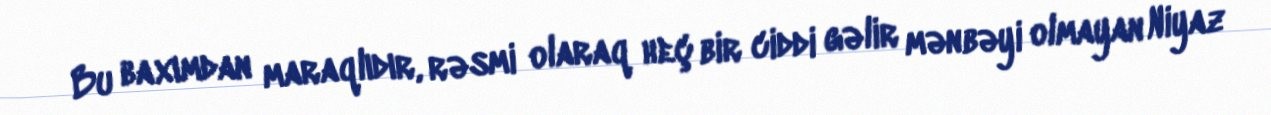
Bu baxımdan maraqlıdır, rəsmi olaraq heç bir ciddi gəlir mənbəyi olmayan Niyaz